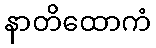
နာတိထောကံ